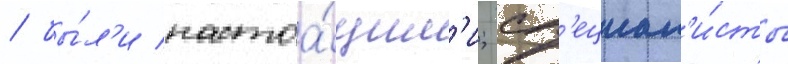
/ бы́л'и настоа́щим'и; сп'ециал'и́сты